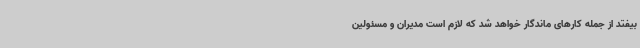
بیفتد از جمله کارهای ماندگار خواهد شد که لازم است مدیران و مسئولین